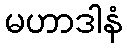
မဟာဒါနံ